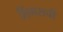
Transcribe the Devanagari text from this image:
लिंगसची